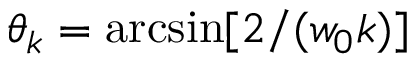
\theta _ { k } = \arcsin [ 2 / ( w _ { 0 } k ) ]